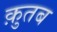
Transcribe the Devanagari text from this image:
क़ुतब